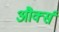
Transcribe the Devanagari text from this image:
और्क्स